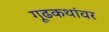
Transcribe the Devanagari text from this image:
गूढकथांवर